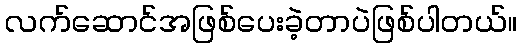
လက်ဆောင်အဖြစ်ပေးခဲ့တာပဲဖြစ်ပါတယ်။